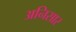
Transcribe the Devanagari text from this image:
अनिसार